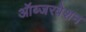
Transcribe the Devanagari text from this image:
ऑब्जरवेशन